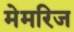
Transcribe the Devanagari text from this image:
मेमरिज